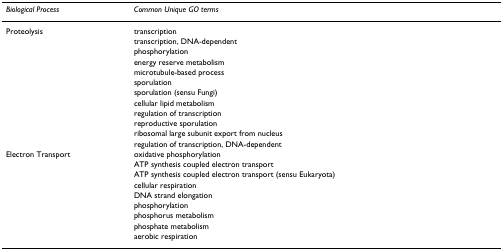
<table><thead><tr><td><b><i>Biological Process</i></b></td><td><b><i>Common Unique GO terms</i></b></td></tr></thead><tbody><tr><td>Proteolysis</td><td>transcription</td></tr><tr><td></td><td>transcription, DNA-dependent</td></tr><tr><td></td><td>phosphorylation</td></tr><tr><td></td><td>energy reserve metabolism</td></tr><tr><td></td><td>microtubule-based process</td></tr><tr><td></td><td>sporulation</td></tr><tr><td></td><td>sporulation (sensu Fungi)</td></tr><tr><td></td><td>cellular lipid metabolism</td></tr><tr><td></td><td>regulation of transcription</td></tr><tr><td></td><td>reproductive sporulation</td></tr><tr><td></td><td>ribosomal large subunit export from nucleus</td></tr><tr><td></td><td>regulation of transcription, DNA-dependent</td></tr><tr><td>Electron Transport</td><td>oxidative phosphorylation</td></tr><tr><td></td><td>ATP synthesis coupled electron transport</td></tr><tr><td></td><td>ATP synthesis coupled electron transport (sensu Eukaryota)</td></tr><tr><td></td><td>cellular respiration</td></tr><tr><td></td><td>DNA strand elongation</td></tr><tr><td></td><td>phosphorylation</td></tr><tr><td></td><td>phosphorus metabolism</td></tr><tr><td></td><td>phosphate metabolism</td></tr><tr><td></td><td>aerobic respiration</td></tr></tbody></table>